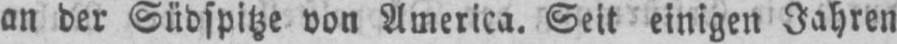
an der Südspitze von America. Seit einigen Jahren